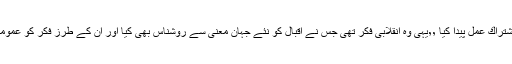
وہ لكھتے ہیں كہ ٫٫اقبال نے وہبی سوچ اور منطقی فكر انگیزی میں اشتراكِ عمل پیدا كیا ٬٬یہی وہ انقلابی فكر تھی جس نے اقبال كو نئے جہانِ معنی سے روشناس بھی كیا اور ان كے طرزِ فكر كو عمومی مقبولیت بھی عطا كی لیكن اقبال كی یہ فكری رہ گزر خاردار رہی۔